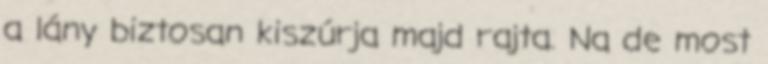
a lány biztosan kiszúrja majd rajta. Na de most